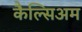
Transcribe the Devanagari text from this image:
कैल्सिअम